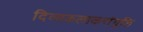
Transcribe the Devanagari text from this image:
दिव्यकलाकरांगुलि